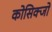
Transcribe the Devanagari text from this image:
कोसिक्जो